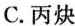
C.丙炔